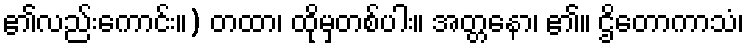
၏လည်းကောင်း။) တထာ၊ ထိုမှတစ်ပါး။ အတ္တနော၊ ၏။ ဌိတောကာသံ၊